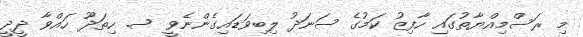
މި ރަސްމިއްޔާތުގައި ހާފިޒު ކަމުގެ ސަނަދު ލިބިވަޑައިގެންނެވީ ސ. ހިތަދޫ ހައްވާ ދީދީ